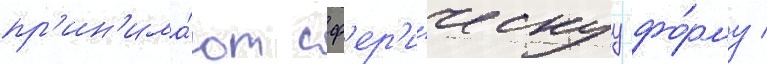
пр'ин'има́ют сф'ер'и́ческуу фо́рму /